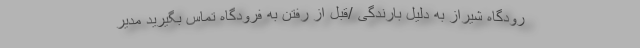
رودگاه شیراز به دلیل بارندگی /قبل از رفتن به فرودگاه تماس بگیرید مدیر